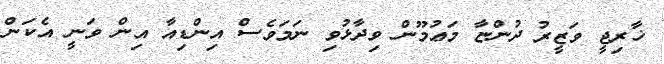
ޚާރިޖީ ވަޒީރު ދުންޏާ މަޢުމޫން ވިދާޅުވި ނަމަވެސް އިންޑިއާ އިން ވަނީ އެކަން